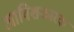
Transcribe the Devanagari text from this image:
आविशकारक